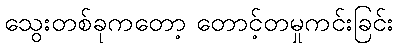
သွေးတစ်ခုကတော့ တောင့်တမှုကင်းခြင်း